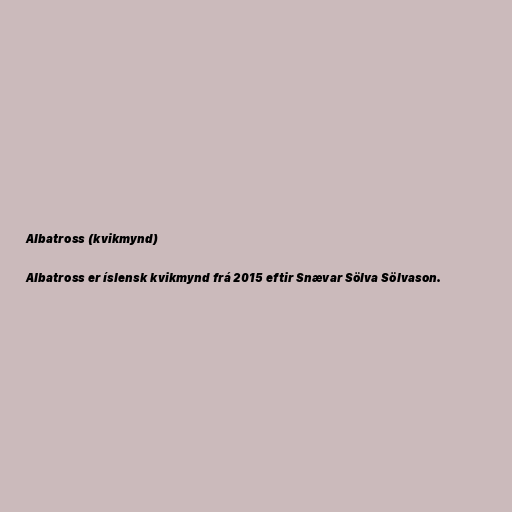
Albatross (kvikmynd)

Albatross er íslensk kvikmynd frá 2015 eftir Snævar Sölva Sölvason.